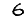
Digit: 6